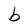
Character: b